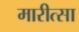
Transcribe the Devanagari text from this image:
मारीत्सा